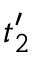
t _ { 2 } ^ { \prime }